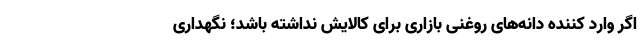
اگر وارد کننده دانه‌های روغنی بازاری برای کالایش نداشته باشد؛ نگهداری